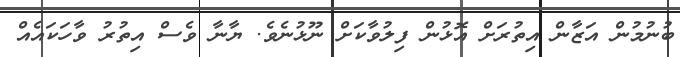
ބުނުމުން އަޒާން އިތުރަށް އޮޅުން ފިލުވާކަށް ނޫޅުނެވެ. ޔާނާ ވެސް އިތުރު ވާހަކައެއް